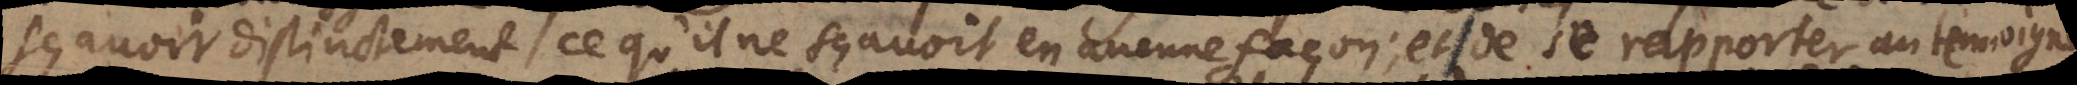
sçavoir distinctement ce qu’il ne sçavoit en aucune façon; et de se rapporter au te ´moignage